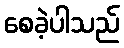
စေခဲ့ပါသည်